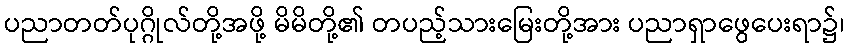
ပညာတတ်ပုဂ္ဂိုလ်တို့အဖို့ မိမိတို့၏ တပည့်သားမြေးတို့အား ပညာရှာဖွေပေးရာ၌၊